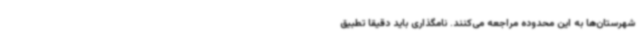
شهرستان‌ها به این محدوده مراجعه می‌کنند. نامگذاری باید دقیقا تطبیق